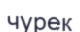
чурек